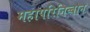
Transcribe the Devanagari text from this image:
महापरिनिव्बान